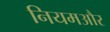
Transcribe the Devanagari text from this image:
नियमऔर